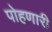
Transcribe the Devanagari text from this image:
पोहणारी